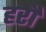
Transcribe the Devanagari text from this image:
हरौं